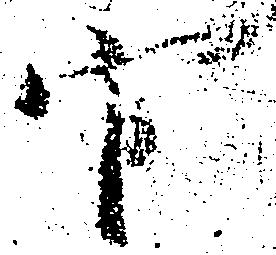
官